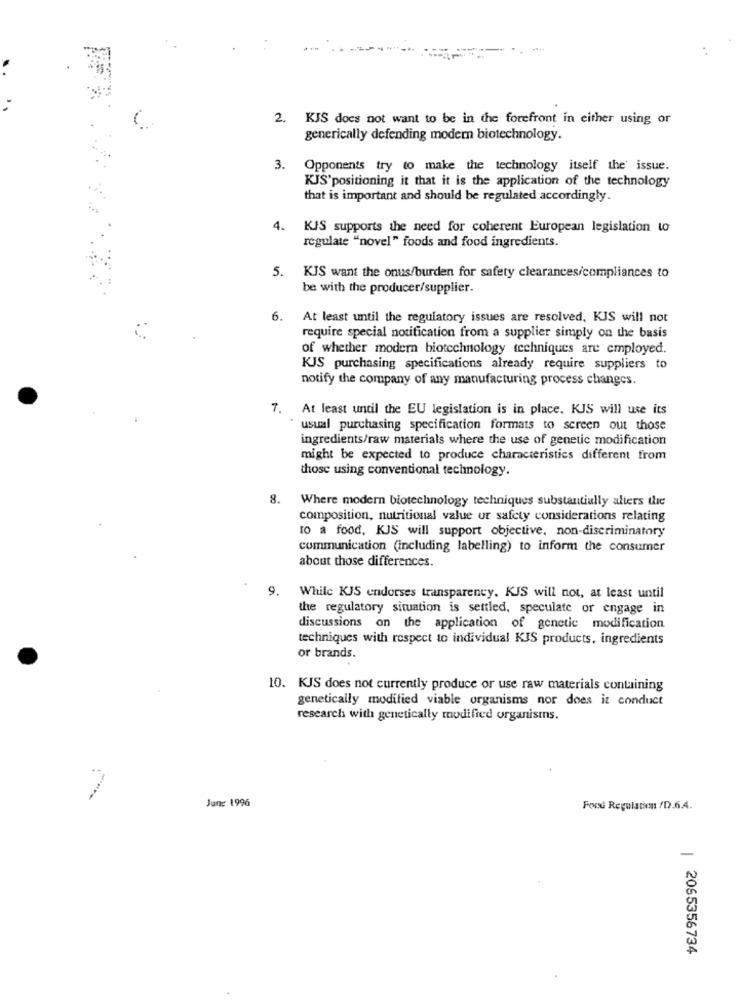
2. KIS does not want to be in the forefront in either using or
generically defending modern biotechnology.
3.
Opponents try to make the technology itself the' issue.
KJS'positioning it that it is the application of the technology
that is important and should be regulated accordingly.
4.
KJS supports the need for coherent European legislation to
regulate "novel" foods and food ingredients.
5.
KJS want the onus/burden for safety clearances/compliances to
be with the producer/supplier.
6.
At least until the regulatory issues are resolved, KJS will not
require special notification from a supplier simply on the basis
of whether modern biotechnology techniques are employed.
KJS purchasing specifications already require suppliers to
notify the company of any manufacturing process changes.
7. At least until the EU legislation is in place. KJS will use its
usual purchasing specification formats to screen out those
ingredients/raw materials where the use of genetic modification
might be expected to produce characteristics different from
those using conventional technology.
8.
Where modern biotechnology techniques substantially alters the
composition, nutritional value ur safety considerations relating
10 a food, KJS will support objective, non-discriminatory
communication (including labelling) to inform the consumer
about those differences.
9.
While KJS endorses transparency. KIS will not, at least until
the regulatory situation is settled, speculate or engage in
discussions on the application of genetic modification
techniques with respect to individual KIS products, ingredients
or brands.
10. KJS does not currently produce or use raw materials containing
genetically modified viable organisms nor does it conduct
research with genetically modified organisms.
June 1996
Food Regulation /D.6.4.
| 2065356734